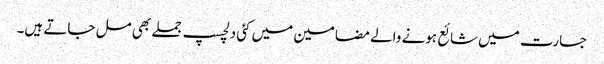
جسارت میں شائع ہونے والے مضامین میں کئی دلچسپ جملے بھی مل جاتے ہیں۔